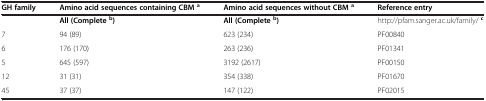
<table><thead><tr><td><b>GH family</b></td><td><b>Amino acid sequences containing CBM <sup>a</sup></b></td><td><b>Amino acid sequences without CBM <sup>a</sup></b></td><td><b>Reference entry</b></td></tr></thead><tbody><tr><td> </td><td><b>All (Complete </b><sup><b>b</b></sup><b>)</b></td><td><b>All (Complete </b><sup><b>b</b></sup><b>)</b></td><td>http://pfam.sanger.ac.uk/family/<sup><b>c</b></sup></td></tr><tr><td>7</td><td>94 (89)</td><td>623 (234)</td><td>PF00840</td></tr><tr><td>6</td><td>176 (170)</td><td>263 (236)</td><td>PF01341</td></tr><tr><td>5</td><td>645 (597)</td><td>3192 (2617)</td><td>PF00150</td></tr><tr><td>12</td><td>31 (31)</td><td>354 (338)</td><td>PF01670</td></tr><tr><td>45</td><td>37 (37)</td><td>147 (122)</td><td>PF02015</td></tr></tbody></table>